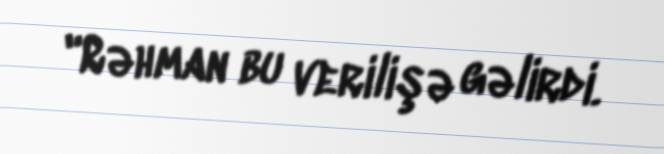
"Rəhman bu verilişə gəlirdi.